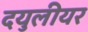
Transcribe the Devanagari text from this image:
दयुलीयर